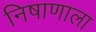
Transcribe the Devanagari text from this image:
निषाणाला